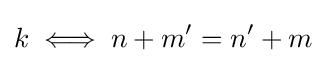
k\iff n+m'=n'+m